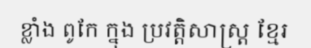
ខ្លាំង ពូកែ ក្នុង ប្រវត្តិសាស្ត្រ ខ្មែរ